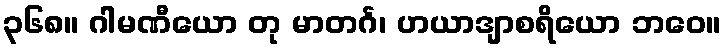
၃၆၈။ ဂါမဏီယော တု မာတင်္ဂ၊ ဟယာဒျာစရိယော ဘဝေ။